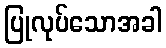
ပြုလုပ်သောအခါ